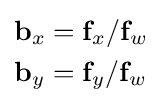
{\begin{aligned}\mathbf {b} _{x}&=\mathbf {f} _{x}/\mathbf {f} _{w}\\\mathbf {b} _{y}&=\mathbf {f} _{y}/\mathbf {f} _{w}\end{aligned}}